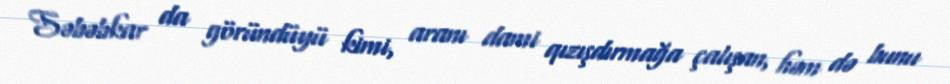
Səbəbkar da göründüyü kimi, aranı dami qızışdırmağa çalışan, həm də bunu